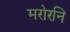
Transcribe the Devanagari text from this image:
मरोरनि